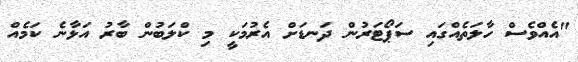
"އެއްވެސް ހާލަތެއްގައި ސަޕޯޓަރުން ދަނޑަށް އެރުމަކީ މި ކްލަބުން ބާރު އަޅާނެ ކަމެއް